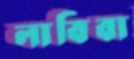
লাবিবা